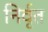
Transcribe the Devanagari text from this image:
निर्वृत